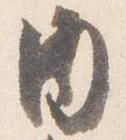
内